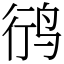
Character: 鸻